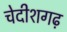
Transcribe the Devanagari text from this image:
चेदीशगढ़